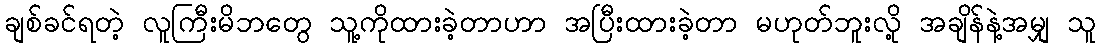
ချစ်ခင်ရတဲ့ လူကြီးမိဘတွေ သူ့ကိုထားခဲ့တာဟာ အပြီးထားခဲ့တာ မဟုတ်ဘူးလို့ အချိန်နဲ့အမျှ သူ